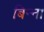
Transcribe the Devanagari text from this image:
बिन्ना